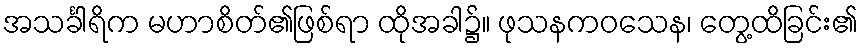
အသင်္ခါရိက မဟာစိတ်၏ဖြစ်ရာ ထိုအခါ၌။ ဖုသနကဝသေန၊ တွေ့ထိခြင်း၏